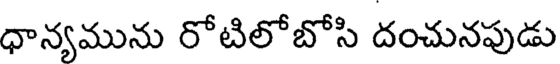
ధాన్యమును రోటిలోబోసి దంచునపుడు